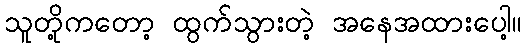
သူတို့ကတော့ ထွက်သွားတဲ့ အနေအထားပေါ့။